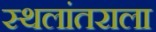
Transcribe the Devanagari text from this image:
स्थलांतराला